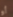
أو